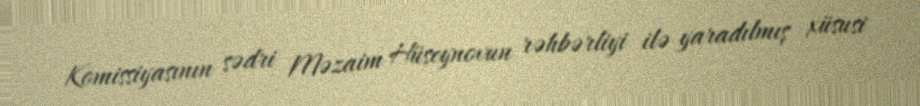
Komissiyasının sədri Məzaim Hüseynovun rəhbərliyi ilə yaradılmış xüsusi